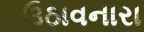
ઉઠાવનારા